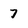
Character: 7